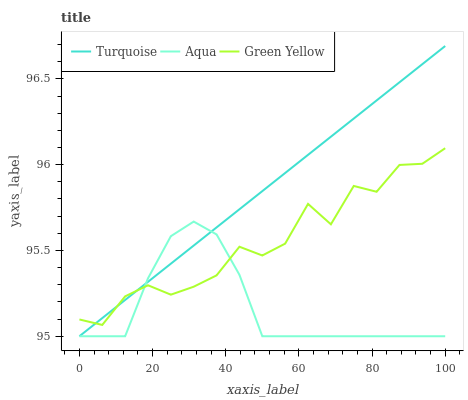
| xaxis_label | Turquoise | Aqua | Green Yellow |
 | --- | --- | --- | --- |
 | 0 | 95 | 95 | 95.1 |
 | 6.25 | 95.1 | 95 | 95.1 |
 | 12.5 | 95.2 | 95 | 95.2 |
 | 18.8 | 95.3 | 95.3 | 95.3 |
 | 25 | 95.4 | 95.6 | 95.2 |
 | 31.2 | 95.5 | 95.7 | 95.3 |
 | 37.5 | 95.6 | 95.6 | 95.4 |
 | 43.8 | 95.7 | 95.4 | 95.5 |
 | 50 | 95.8 | 95 | 95.5 |
 | 56.2 | 96 | 95 | 95.5 |
 | 62.5 | 96.1 | 95 | 95.8 |
 | 68.8 | 96.2 | 95 | 95.7 |
 | 75 | 96.3 | 95 | 95.9 |
 | 81.2 | 96.4 | 95 | 95.8 |
 | 87.5 | 96.5 | 95 | 96 |
 | 93.8 | 96.6 | 95 | 96 |
 | 100 | 96.7 | 95 | 96.1 |